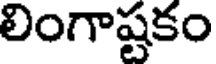
లింగాష్టకం